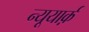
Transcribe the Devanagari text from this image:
न्यूयार्क़